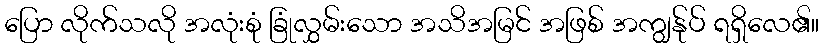
ပြော လိုက်သလို အလုံးစုံ ခြုံလွှမ်းသော အသိအမြင် အဖြစ် အကျွန်ုပ် ရရှိလေ၏။